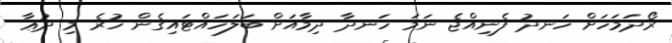
ރޯދަމަހަށް ހަނދު ފެނިއްޖެ ނަމަ ހަނދާ ދިމާއަށް ބަލަހައްޓައިގެން ހުރެ މި ދުޢާ